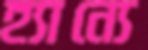
হ্যান্যে